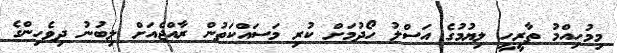
މިމުހިއްމު ތާރީހީ ލިޔުމުގެ އަސްލު ހޯދުމަށް ކުރި މަސައްކަތުން ރާއްޖެއަށް ލިބުނު ދިވެހިންގެ